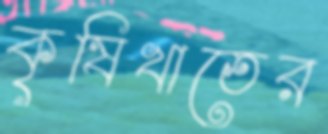
কৃষিখাতের